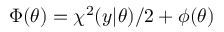
\Phi ( \theta ) = \chi ^ { 2 } ( y | \theta ) / 2 + \phi ( \theta )